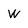
Character: w